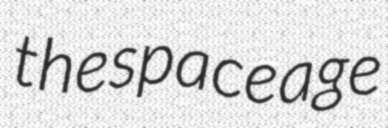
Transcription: the space age